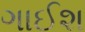
ગાઈશ